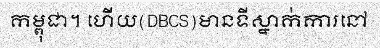
កម្ពុជា។ ហើយ(DBCS)មានទីស្នាក់ការនៅ